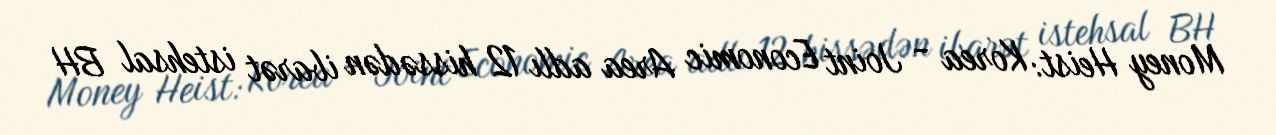
Money Heist: Korea - Joint Economic Area adlı 12 hissədən ibarət istehsal BH